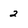
Character: 2